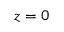
z = 0